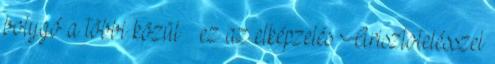
bolygó a többi közül – ez az elképzelés Arisztotelésszel